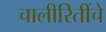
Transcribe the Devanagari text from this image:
चालीरितींचे